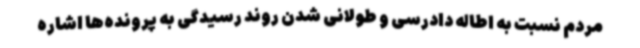
مردم نسبت به اطاله دادرسی و طولانی شدن روند رسیدگی به پرونده‌ها اشاره